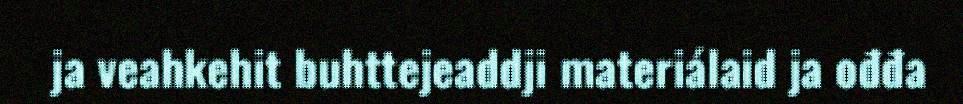
ja veahkehit buhttejeaddji materiálaid ja ođđa